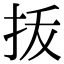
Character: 㧞